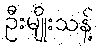
ဦးမျိုးသန့်